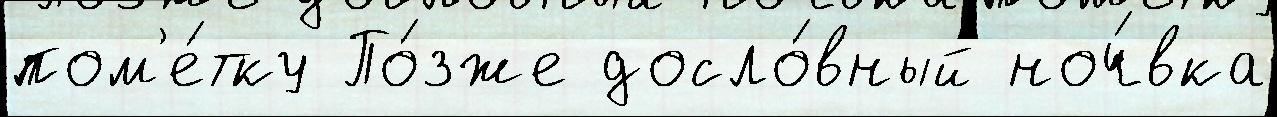
пом'е́тку По́зже досло́вный ноч́вка